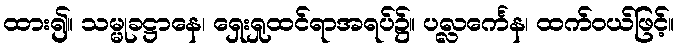
ထား၍။ သမ္မုခဋ္ဌာနေ၊ ရှေးရှုထင်ရာအရပ်၌။ ပလ္လင်္ကေန၊ ထက်ဝယ်ဖြင့်။